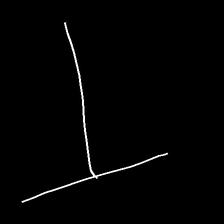
Glyph: column